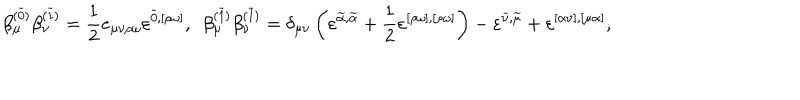
\beta _ { \mu } ^ { ( \widetilde { 0 } ) } \beta _ { \nu } ^ { ( \widetilde { 1 } ) } = \frac { 1 } { 2 } e _ { \mu \nu \rho \omega } \varepsilon ^ { \widetilde { 0 } , [ \rho \omega ] } , ~ ~ \beta _ { \mu } ^ { ( \widetilde { 1 } ) } \beta _ { \nu } ^ { ( \widetilde { 1 } ) } = \delta _ { \mu \nu } \left( \varepsilon ^ { \widetilde { \alpha } , \widetilde { \alpha } } + \frac { 1 } { 2 } \varepsilon ^ { [ \rho \omega ] , [ \rho \omega ] } \right) - \varepsilon ^ { \widetilde { \nu } , \widetilde { \mu } } + \varepsilon ^ { [ \alpha \nu ] , [ \mu \alpha ] } ,